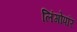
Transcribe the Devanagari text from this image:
लिंगोपरि